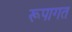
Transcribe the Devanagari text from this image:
रूपागत